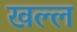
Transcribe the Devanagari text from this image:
खल्ल